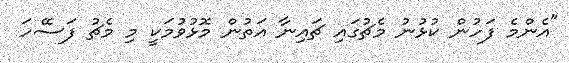
"އެންމެ ފަހުން ކުޅުނު މެޗުގައި ޗައިނާ އަތުން މޮޅުވުމަކީ މި މެޗު ފަސޭހަ